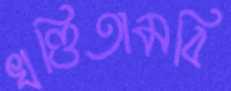
খণ্ডিতামবি